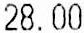
28.00